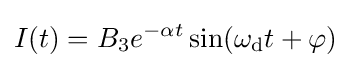
I(t)=B_{3}e^{-\alpha t}\sin(\omega _{\mathrm {d} }t+\varphi )\;